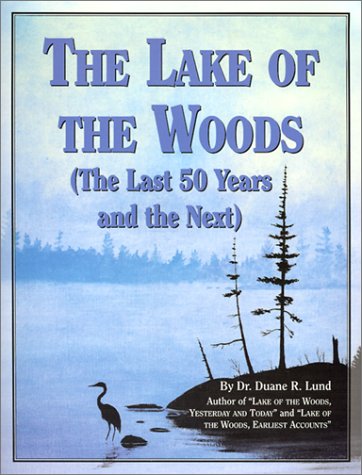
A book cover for The Lake of the Woods: The Last 50 Years and the Next (Minnesota); Duane R. Lund; Science & Math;